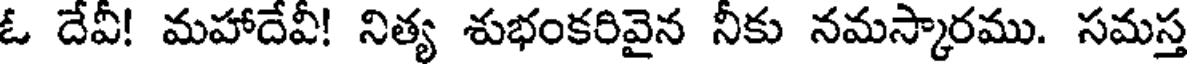
ఓ దేవీ! మహాదేవీ! నిత్య శుభంకరివైన నీకు నమస్కారము. సమస్త